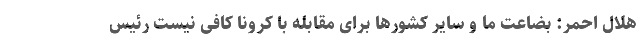
هلال احمر: بضاعت ما و سایر کشورها برای مقابله با کرونا کافی نیست رئیس